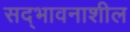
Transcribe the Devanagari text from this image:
सद्‌भावनाशील